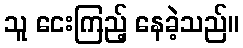
သူ ငေးကြည့် နေခဲ့သည်။